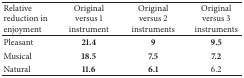
<table><thead><tr><td><b>Relative reduction in enjoyment</b></td><td><b>Original versus 1 instrument</b></td><td><b>Original versus 2 instruments</b></td><td><b>Original versus 3 instruments</b></td></tr></thead><tbody><tr><td>Pleasant</td><td><b>21.4</b></td><td><b>9</b></td><td><b>9.5</b></td></tr><tr><td>Musical</td><td><b>18.5</b></td><td><b>7.5</b></td><td><b>7.2</b></td></tr><tr><td>Natural</td><td><b>11.6</b></td><td><b>6.1</b></td><td>6.2</td></tr></tbody></table>